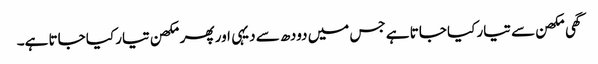
گھی مکھن سے تیار کیا جاتا ہے جس میں دودھ سے دیہی اور پھر مکھن تیار کیا جاتا ہے۔